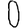
Digit: 0